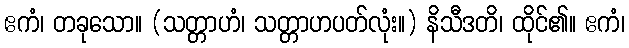
ဧကံ၊ တခုသော။ (သတ္တာဟံ၊ သတ္တာဟပတ်လုံး။) နိသီဒတိ၊ ထိုင်၏။ ဧကံ၊